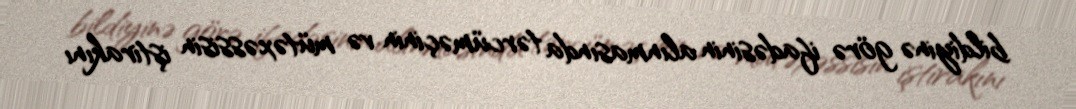
bildiyinə görə ifadəsinin alınmasında tərcüməçinin və mütəxəssisin iştirakını